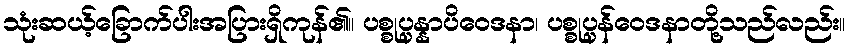
သုံးဆယ့်ခြောက်ပါးအပြားရှိကုန်၏။ ပစ္စုပ္ပန္နာပိဝေဒနာ၊ ပစ္စုပ္ပန်ဝေဒနာတို့သည်လည်း။